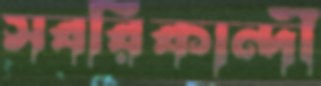
সবরিকান্দী